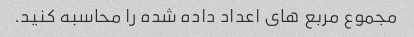
مجموع مربع های اعداد داده شده را محاسبه کنید.